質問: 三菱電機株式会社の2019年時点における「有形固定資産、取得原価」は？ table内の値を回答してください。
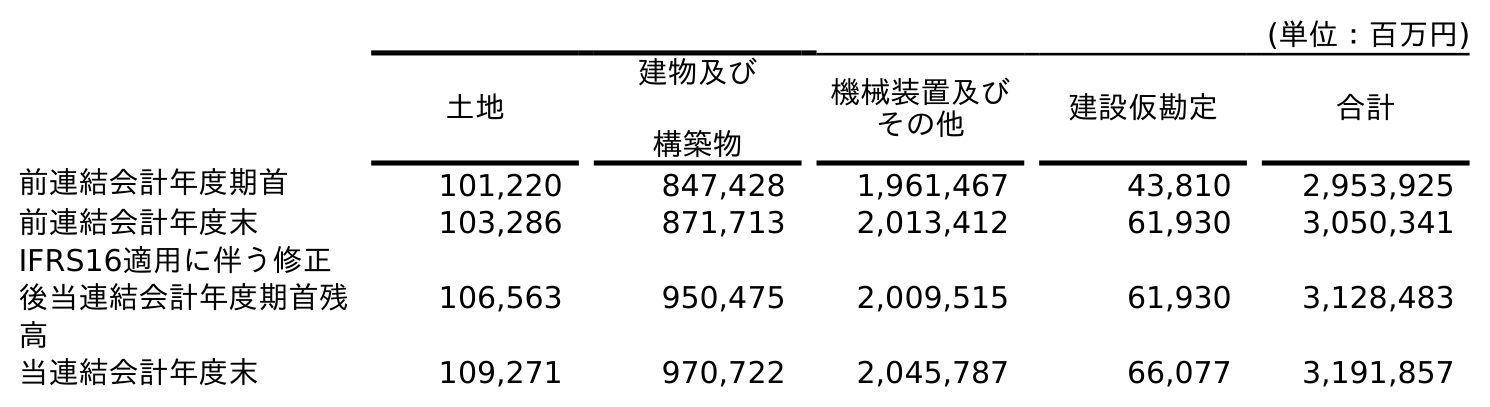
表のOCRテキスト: (単位：百万円) 土地 建物及び 構築物 機械装置及び その他 建設仮勘定 合計 前連結会計年度期首 101,220 847,428 1,961,467 43,810 2,953,925 前連結会計年度末 103,286 871,713 2,013,412 61,930 3,050,341 IFRS16適用に伴う修正 後当連結会計年度期首残 高 106,563 950,475 2,009,515 61,930 3,128,483 当連結会計年度末 109,271 970,722 2,045,787 66,077 3,191,857
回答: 3,050,341